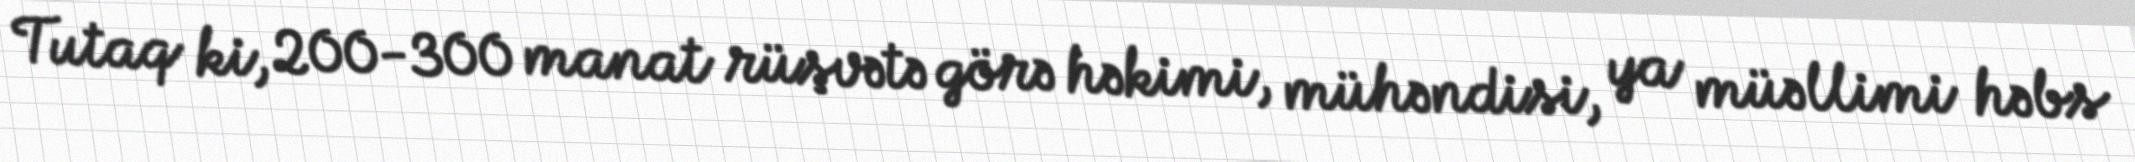
Tutaq ki, 200-300 manat rüşvətə görə həkimi, mühəndisi, ya müəllimi həbs